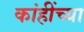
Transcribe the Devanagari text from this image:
कांहींच्या